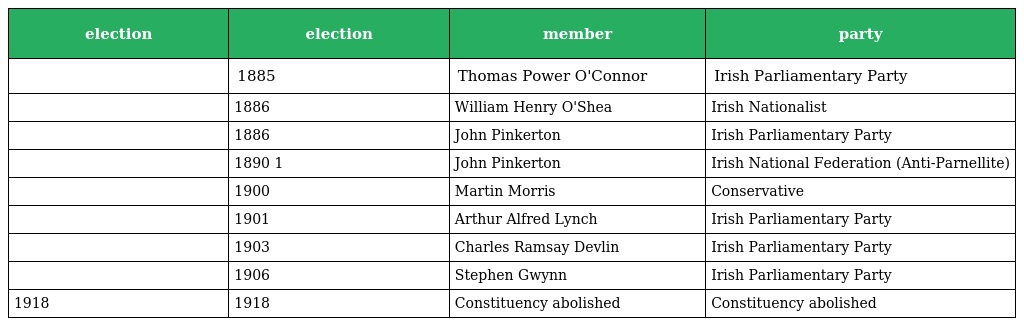
| election | election | member | party |
 | --- | --- | --- | --- |
 |  | 1885 | Thomas Power O'Connor | Irish Parliamentary Party |
 |  | 1886 | William Henry O'Shea | Irish Nationalist |
 |  | 1886 | John Pinkerton | Irish Parliamentary Party |
 |  | 1890 1 | John Pinkerton | Irish National Federation (Anti-Parnellite) |
 |  | 1900 | Martin Morris | Conservative |
 |  | 1901 | Arthur Alfred Lynch | Irish Parliamentary Party |
 |  | 1903 | Charles Ramsay Devlin | Irish Parliamentary Party |
 |  | 1906 | Stephen Gwynn | Irish Parliamentary Party |
 | 1918 | 1918 | Constituency abolished | Constituency abolished |